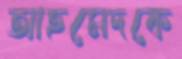
আহমেদকে